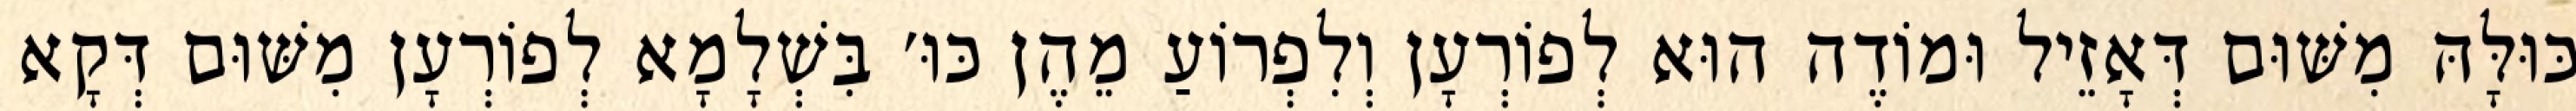
כּוּלָּהּ מִשּׁוּם דְּאָזֵיל וּמוֹדֶה הוּא לְפוֹרְעָן וְלִפְרוֹעַ מֵהֶן כּוּ׳ בִּשְׁלָמָא לְפוֹרְעָן מִשּׁוּם דְּקָא